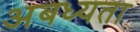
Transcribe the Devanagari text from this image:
अबध्यता